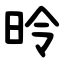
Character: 昤